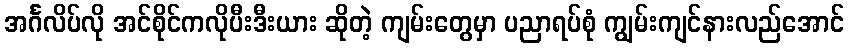
အင်္ဂလိပ်လို အင်စိုင်ကလိုပီးဒီးယား ဆိုတဲ့ ကျမ်းတွေမှာ ပညာရပ်စုံ ကျွမ်းကျင်နားလည်အောင်